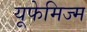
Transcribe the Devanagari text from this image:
यूफेमिज्म